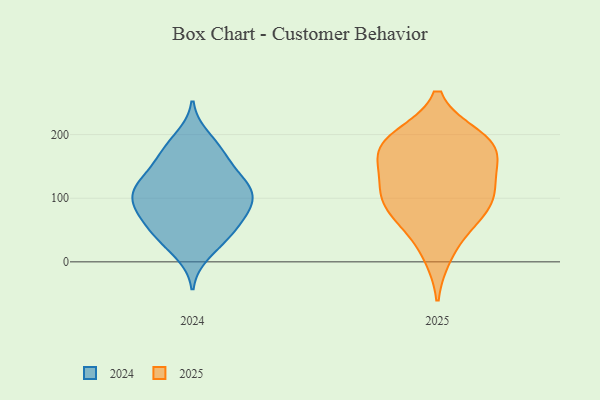
{"axis": {"x": "Satisfaction Score", "y": "Value"}, "legend": ["2024", "2025"], "data": [{"x": "", "y": 99, "type": "2025"}, {"x": "", "y": 163, "type": "2025"}, {"x": "", "y": 169, "type": "2025"}, {"x": "", "y": 72, "type": "2025"}, {"x": "", "y": 11, "type": "2025"}, {"x": "", "y": 87, "type": "2025"}, {"x": "", "y": 105, "type": "2025"}, {"x": "", "y": 194, "type": "2025"}, {"x": "", "y": 123, "type": "2025"}, {"x": "", "y": 128, "type": "2025"}, {"x": "", "y": 58, "type": "2025"}, {"x": "", "y": 176, "type": "2025"}, {"x": "", "y": 189, "type": "2025"}, {"x": "", "y": 196, "type": "2025"}, {"x": "", "y": 128, "type": "2024"}, {"x": "", "y": 109, "type": "2024"}, {"x": "", "y": 64, "type": "2024"}, {"x": "", "y": 172, "type": "2024"}, {"x": "", "y": 70, "type": "2024"}, {"x": "", "y": 127, "type": "2024"}, {"x": "", "y": 138, "type": "2024"}, {"x": "", "y": 46, "type": "2024"}, {"x": "", "y": 34, "type": "2024"}, {"x": "", "y": 102, "type": "2024"}, {"x": "", "y": 100, "type": "2024"}, {"x": "", "y": 103, "type": "2024"}, {"x": "", "y": 79, "type": "2024"}, {"x": "", "y": 195, "type": "2024"}, {"x": "", "y": 81, "type": "2024"}, {"x": "", "y": 115, "type": "2024"}, {"x": "", "y": 160, "type": "2024"}, {"x": "", "y": 14, "type": "2024"}, {"x": "", "y": 177, "type": "2024"}, {"x": "", "y": 42, "type": "2024"}]}